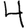
Digit: 4